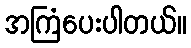
အကြံပေးပါတယ်။